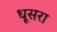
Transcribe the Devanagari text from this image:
धूसरा